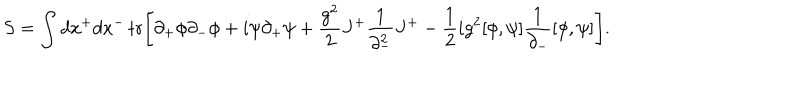
S = \int d x ^ { + } d x ^ { - } \, \mathrm { t r } \Bigg [ \partial _ { + } \phi \partial _ { - } \phi + i \psi \partial _ { + } \psi + \frac { g ^ { 2 } } { 2 } J ^ { + } \frac { 1 } { \partial _ { - } ^ { 2 } } J ^ { + } - \frac { 1 } { 2 } i g ^ { 2 } [ \phi , \psi ] \frac { 1 } { \partial _ { - } } [ \phi , \psi ] \Bigg ] .